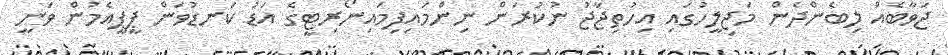
ޖަވާބެއް ލިބެންދެން މަޖިލީހުގައި އިހުތިޖާޖު ނުކުރަން ނިންމައިފިމައިނޯރިޓީގެ އަޑު ކަނޑުވަން ޕީޕީއެމުން ވަނީ